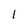
Character: 1